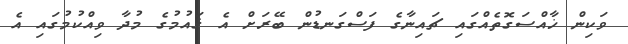
ވަކިން ޚާއްސަގޮތެއްގައި ޗައިނާގެ ފަސްގަނޑުން ބޭރަށް އެ ޤައުމުގެ މުދާ ވިއްކުމުގައި އެ